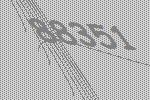
88351